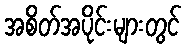
အစိတ်အပိုင်းများတွင်